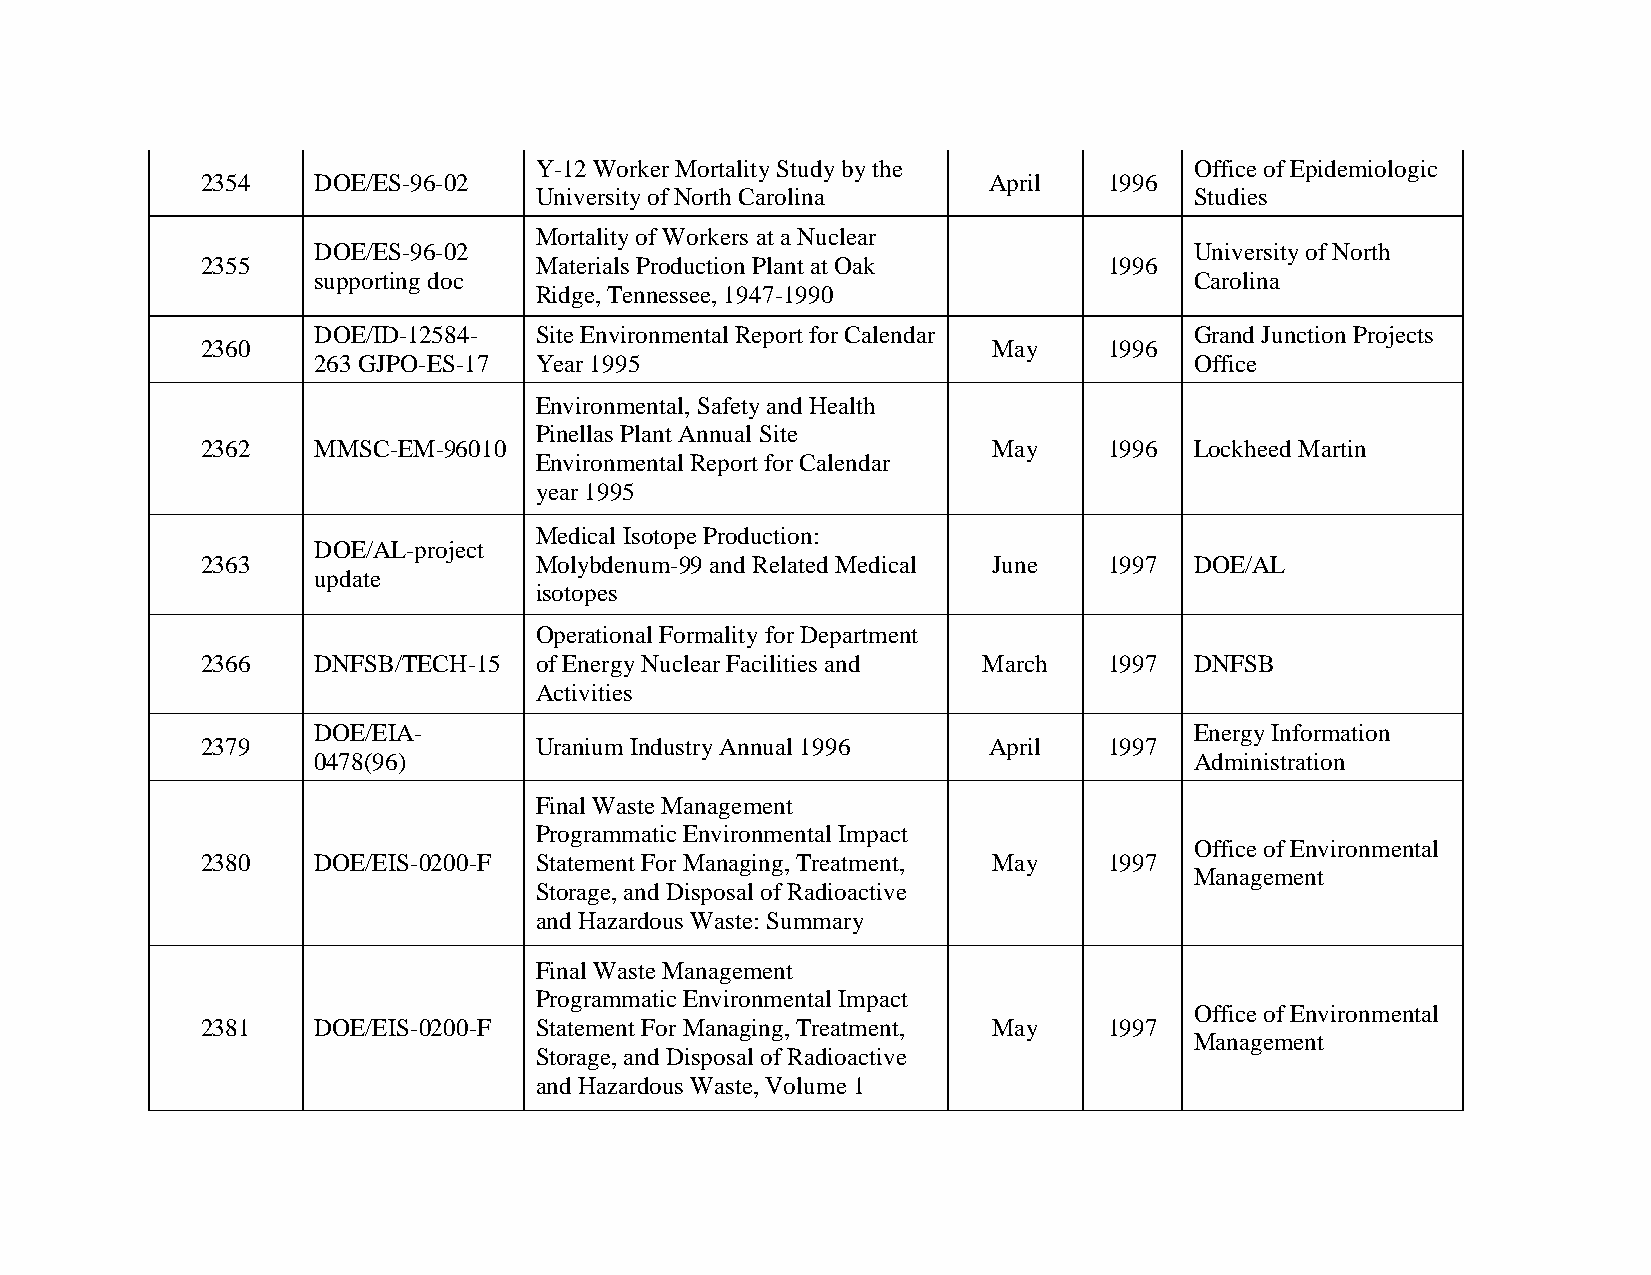
Y-12 Worker Mortality Study by the          Office of Epidemiologic
 2354    DOE/ES-96-02                                April   1996
 University of North Carolina                Studies
 Mortality of Workers at a Nuclear
 DOE/ES-96-02                                              University of North
 2355                  Materials Production Plant at Oak     1996
 supporting doc                                            Carolina
 Ridge, Tennessee, 1947-1990
 DOE/ID-12584- Site Environmental Report for Calendar      Grand Junction Projects
 2360                                                 May    1996
 263 GJPO-ES-17 Year 1995                                  Office
 Environmental, Safety and Health
 Pinellas Plant Annual Site
 2362    MMSC-EM-96010                                May    1996  Lockheed Martin
 Environmental Report for Calendar
 year 1995
 Medical Isotope Production:
 DOE/AL-project
 2363                  Molybdenum-99 and Related Medical June 1997 DOE/AL
 update
 isotopes
 Operational Formality for Department
 2366    DNFSB/TECH-15 of Energy Nuclear Facilities and March 1997 DNFSB
 Activities
 DOE/EIA-                                                  Energy Information
 2379                  Uranium Industry Annual 1996  April   1997
 0478(96)                                                  Administration
 Final Waste Management
 Programmatic Environmental Impact
 Office of Environmental
 2380    DOE/EIS-0200-F Statement For Managing, Treatment, May 1997
 Management
 Storage, and Disposal of Radioactive
 and Hazardous Waste: Summary
 Final Waste Management
 Programmatic Environmental Impact
 Office of Environmental
 2381    DOE/EIS-0200-F Statement For Managing, Treatment, May 1997
 Management
 Storage, and Disposal of Radioactive
 and Hazardous Waste, Volume 1